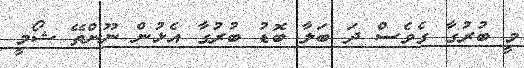
މީ ބުރުގާ ގެވެސް ދަ ބަލާ ބޮޑު ބުރުގާ އެޅުން ނޫންތޭ ޝޯމީ